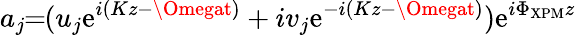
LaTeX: a_{j}\! \! =\! \! (u_{j}\mathrm{e}^{i(Kz-\Omegat)}+iv_{j}\mathrm{e}^{-i(Kz-\Omegat)})\mathrm{e}^{i\Phi_{\mathrm{{XPM}}}z}